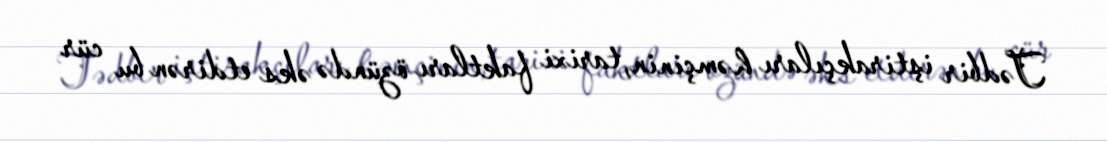
Tədbir iştirakçıları həmçinin, tarixi faktları özündə əks etdirən bu cür